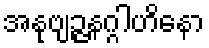
အနုဗျဉ္ဇနဂ္ဂါဟိနော